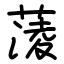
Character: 蔆